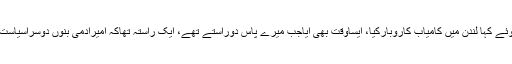
تفصیلات کے مطابق گورنر پنجاب چوہدری محمد سرور نے پر یس کانفرنس کرتے ہوئے کہا لندن میں کامیاب کاروبارکیا، ایساوقت بھی آیاجب میرے پاس دوراستے تھے، ایک راستہ تھاکہ امیرآدمی بنوں دوسراسیاست میں حصہ لوں، لیکن میں نے سیاست کاراستہ چنااورہا ئوس آف لارڈکی طرف چل پڑا۔